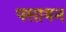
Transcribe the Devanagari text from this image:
पसावन